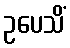
ဥပေသိံ